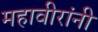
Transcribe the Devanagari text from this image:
महावीरांनी